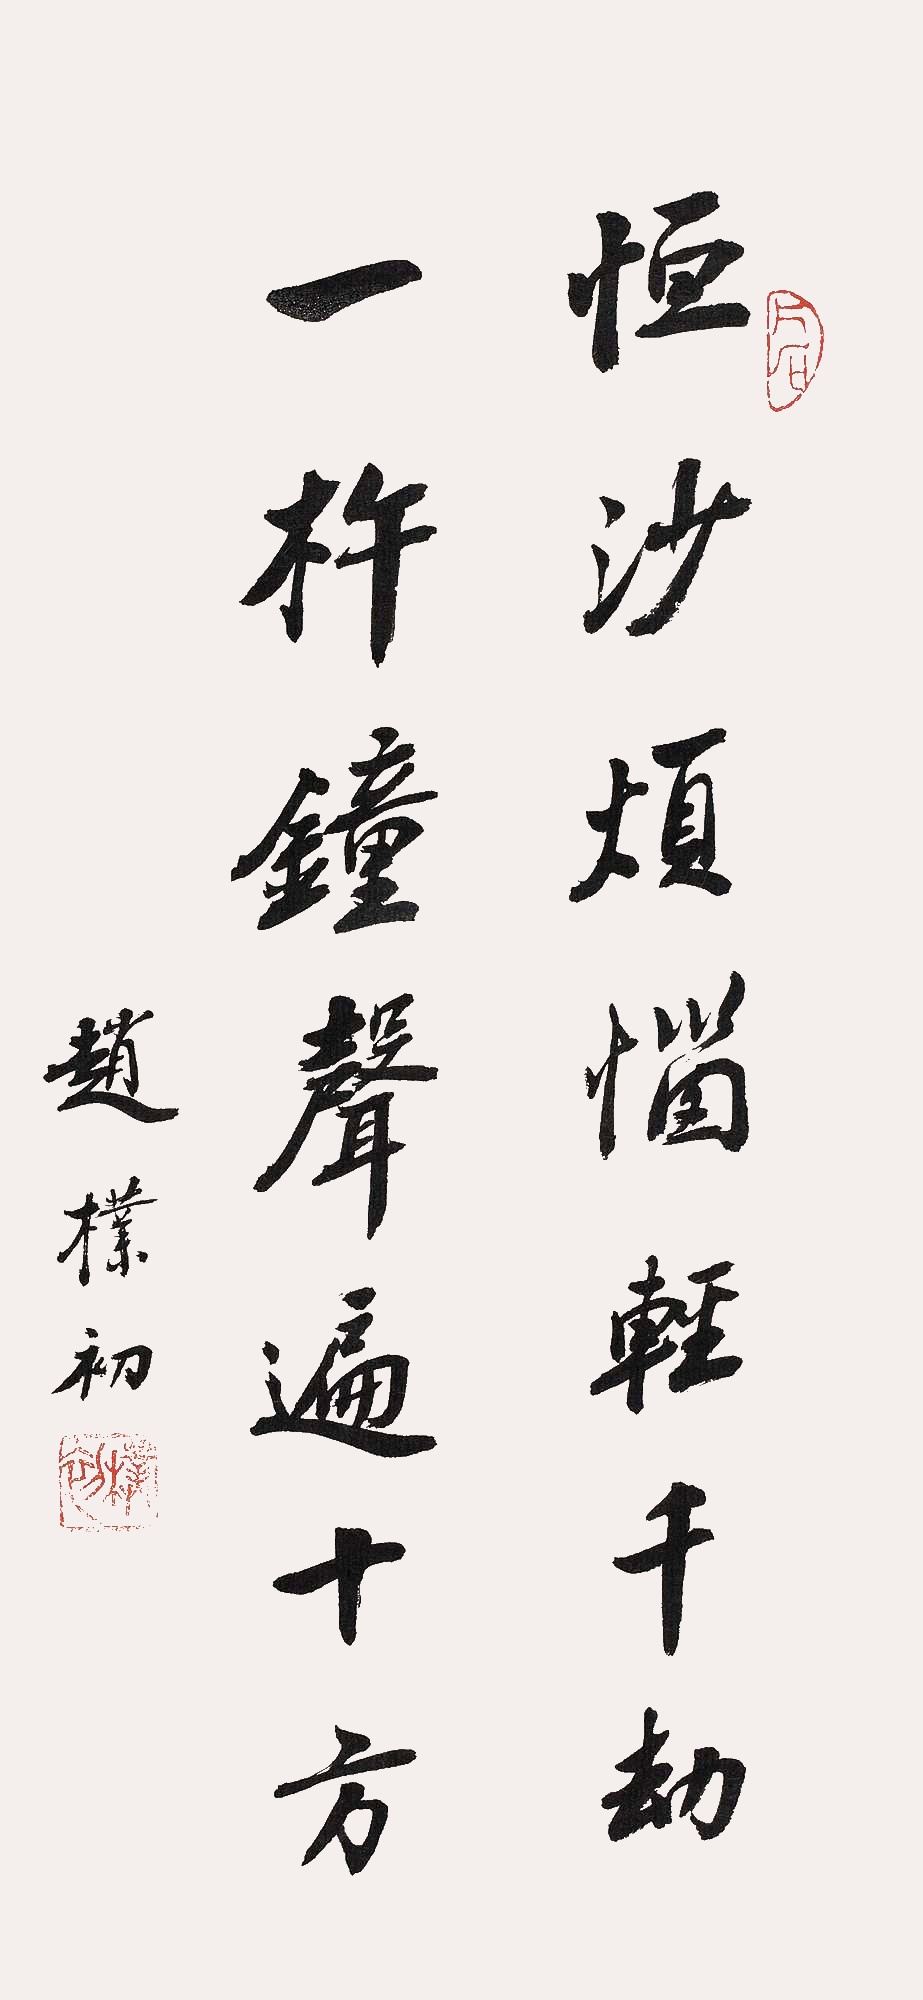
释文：恒沙烦恼轻千劫，一杵钟声遍十方。赵朴初。